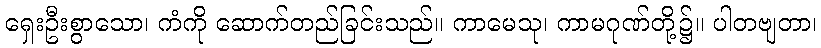
ရှေးဦးစွာသော၊ ကံကို ဆောက်တည်ခြင်းသည်။ ကာမေသု၊ ကာမဂုဏ်တို့၌။ ပါတဗျတာ၊